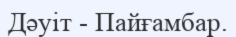
Дәуіт - Пайғамбар.